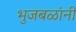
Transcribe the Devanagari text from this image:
भुजबळांनी